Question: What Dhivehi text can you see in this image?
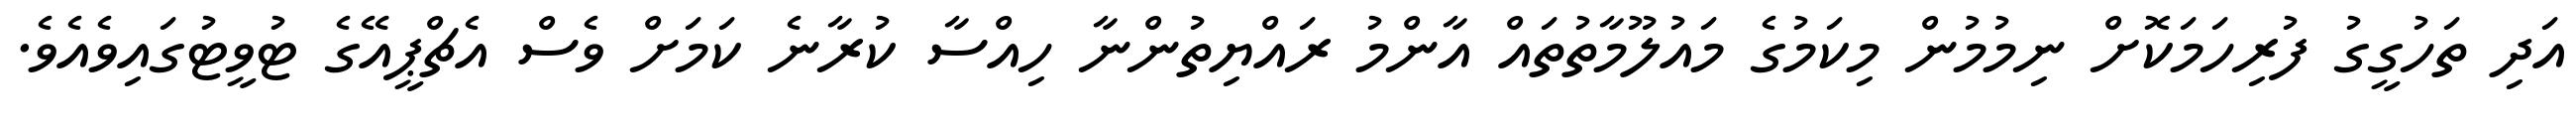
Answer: އަދި ތަހުގީގު ފުރިހަމަކޮށް ނިމުމުން މިކަމުގެ މައުލޫމާތުތައް އާންމު ރައްޔިތުންނާ ހިއްސާ ކުރާނެ ކަމަށް ވެސް އެޗްޕީއޭގެ ޓުވީޓުގައިވެއެވެ.